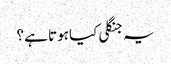
یہ جنگلی کیا ہوتا ہے ؟